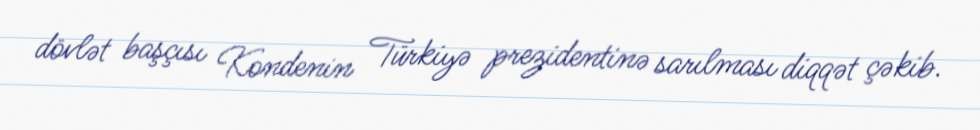
dövlət başçısı Kondenin Türkiyə prezidentinə sarılması diqqət çəkib.